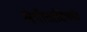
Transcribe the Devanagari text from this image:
संगीताविषयी